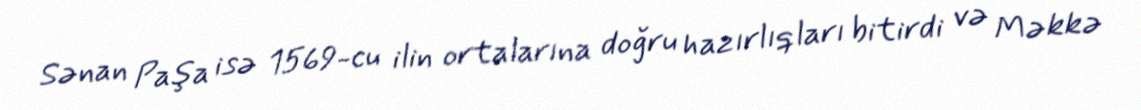
Sənan Paşa isə 1569-cu ilin ortalarına doğru hazırlıqları bitirdi və Məkkə